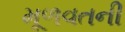
મૂળવતની